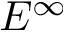
E ^ { \infty }